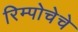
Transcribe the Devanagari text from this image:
रिम्पोचेचे